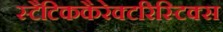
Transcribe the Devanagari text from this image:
स्टैटिककैरेक्टरिस्टिक्स